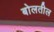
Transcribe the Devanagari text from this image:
बोलतील